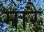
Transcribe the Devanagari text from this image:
मारै